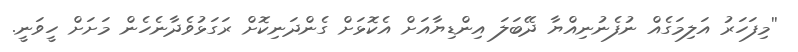
''މިފަހަރު އަލިމަގެއް ނުފެނުނިއްޔާ ދޭބަލަ އިންޑިޔާއަށް އެކޮޅަށް ގެންދަނިކޮށް ރަގަޅުވެދާނެހެން މަށަށް ހީވަނީ.